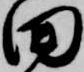
田